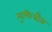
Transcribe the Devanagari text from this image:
मुक्तिचौक